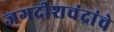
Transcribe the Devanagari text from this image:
जगदीशचंद्रांचे